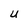
Character: U